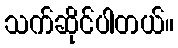
သက်ဆိုင်ပါတယ်။